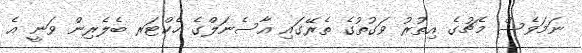
ނަމަވެސް މެޗުގެ އިތުރު ވަގުތުގެ ތެރޭގައި އާސެނަލްގެ ހެކްޓަރ ބެލެރިން ވަނީ އެ